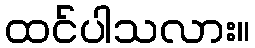
ထင်ပါသလား။